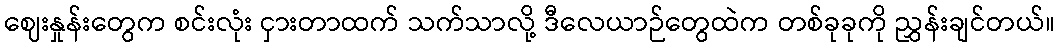
ဈေးနှုန်းတွေက စင်းလုံး ငှားတာထက် သက်သာလို့ ဒီလေယာဉ်တွေထဲက တစ်ခုခုကို ညွှန်းချင်တယ်။